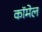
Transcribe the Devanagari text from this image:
कॉमेल